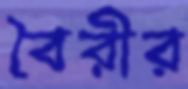
বৈরীর